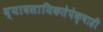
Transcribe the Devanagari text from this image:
व्यावसायिकतेपेक्षाही